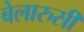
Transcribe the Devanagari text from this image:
बेलारुसी